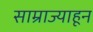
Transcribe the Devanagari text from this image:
साम्राज्याहून